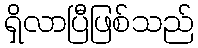
ရှိလာပြီဖြစ်သည်